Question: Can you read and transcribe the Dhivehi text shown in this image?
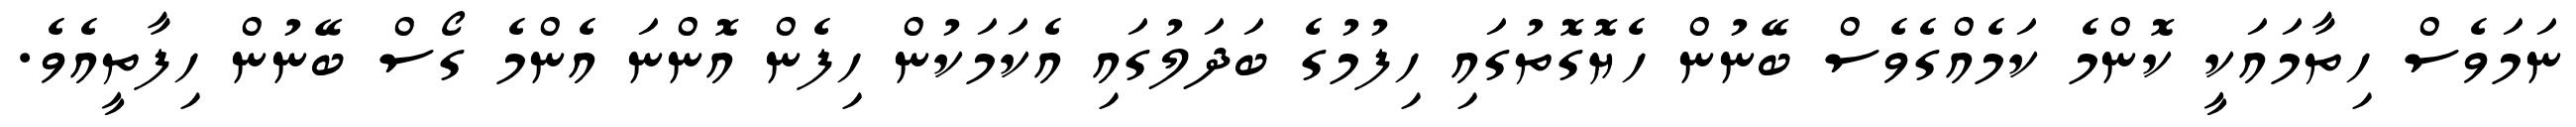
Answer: ނަމަވެސް ހިތާމައަކީ ކޮންމެ ކަމެއްގެވެސް ބޭނުން ހެޔޮގޮތުގައި ހިފުމުގެ ބަދަލުގައި އެކަމަކުން ހިފެން އޮންނަ އެންމެ ގޯސް ބޭނުން ހިފާތީއެވެ.